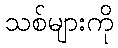
သစ်များကို